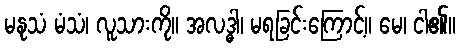
မနုသံ မံသံ၊ လူသားကို။ အလဒ္ဓါ၊ မရခြင်းကြောင့်။ မေ၊ ငါ၏။